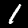
Digit: 1